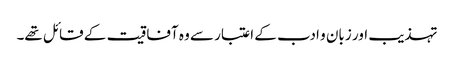
تہذیب اور زبان و ادب کے اعتبار سے وہ آفاقیت کے قائل تھے۔